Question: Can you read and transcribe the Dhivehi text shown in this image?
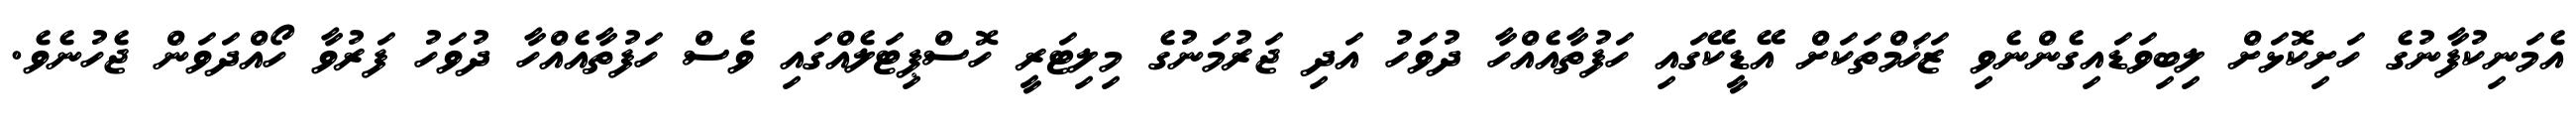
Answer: އެމަނިކުފާނުގެ ހަށިކޮޅަށް ލިބިވަޑައިގެންނެވި ޒަޚަމްތަކަށް އޭޑީކޭގައި ހަފުތާއެއްހާ ދުވަހު އަދި ޖަރުމަނުގެ މިލިޓަރީ ހޮސްޕިޓަލެއްގައި ވެސް ހަފުތާއެއްހާ ދުވަހު ފަރުވާ ހޯއްދަވަން ޖެހުނެވެ.